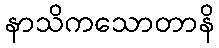
နာသိကသောတာနိ